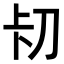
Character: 𭃐